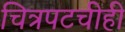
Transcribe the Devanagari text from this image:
चित्रपटचीही